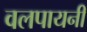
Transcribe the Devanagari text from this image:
वलपायनी